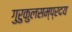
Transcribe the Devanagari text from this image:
गुरुकुलसम्प्रदय